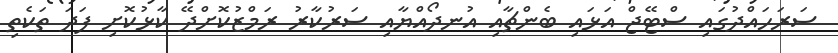
ސަރަހައްދުގައި ސްޓޭޖް އަޅައި ބެންޗާއި އުނދޯއްޔާއި ސަރުކާރު ރަމްޒުކޮށްދޭ ކާޅުކޮށި ފަދަ ތަކެތި